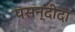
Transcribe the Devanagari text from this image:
पसन्‍दीदा